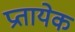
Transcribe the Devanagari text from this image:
प्रतायेक